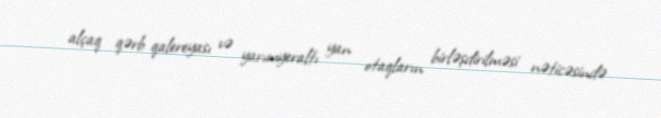
alçaq qərb qalereyası və yarımyeraltı yan otaqların birləşdirilməsi nəticəsində